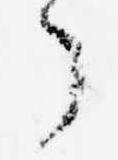
了